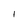
Character: 1